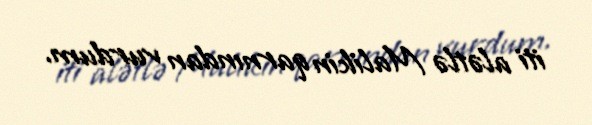
iti alətlə Malikin qarnından vurdum.